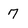
Character: 7